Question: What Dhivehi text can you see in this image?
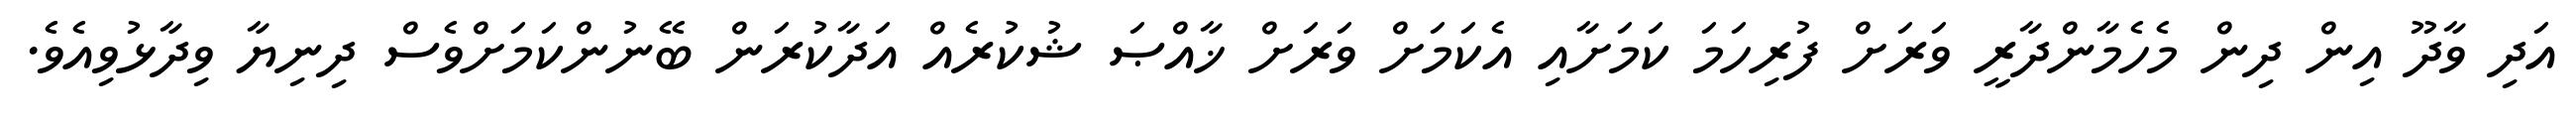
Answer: އަދި ވާދޫ އިން ދިން މެހެމާންދާރީ ވަރަށް ފުރިހަމަ ކަމަށާއި އެކަމަށް ވަރަށް ޚާއްޞަ ޝުކުރެއް އަދާކުރަން ބޭނުންކަމަށްވެސް ދިނިޔާ ވިދާޅުވިއެވެ.